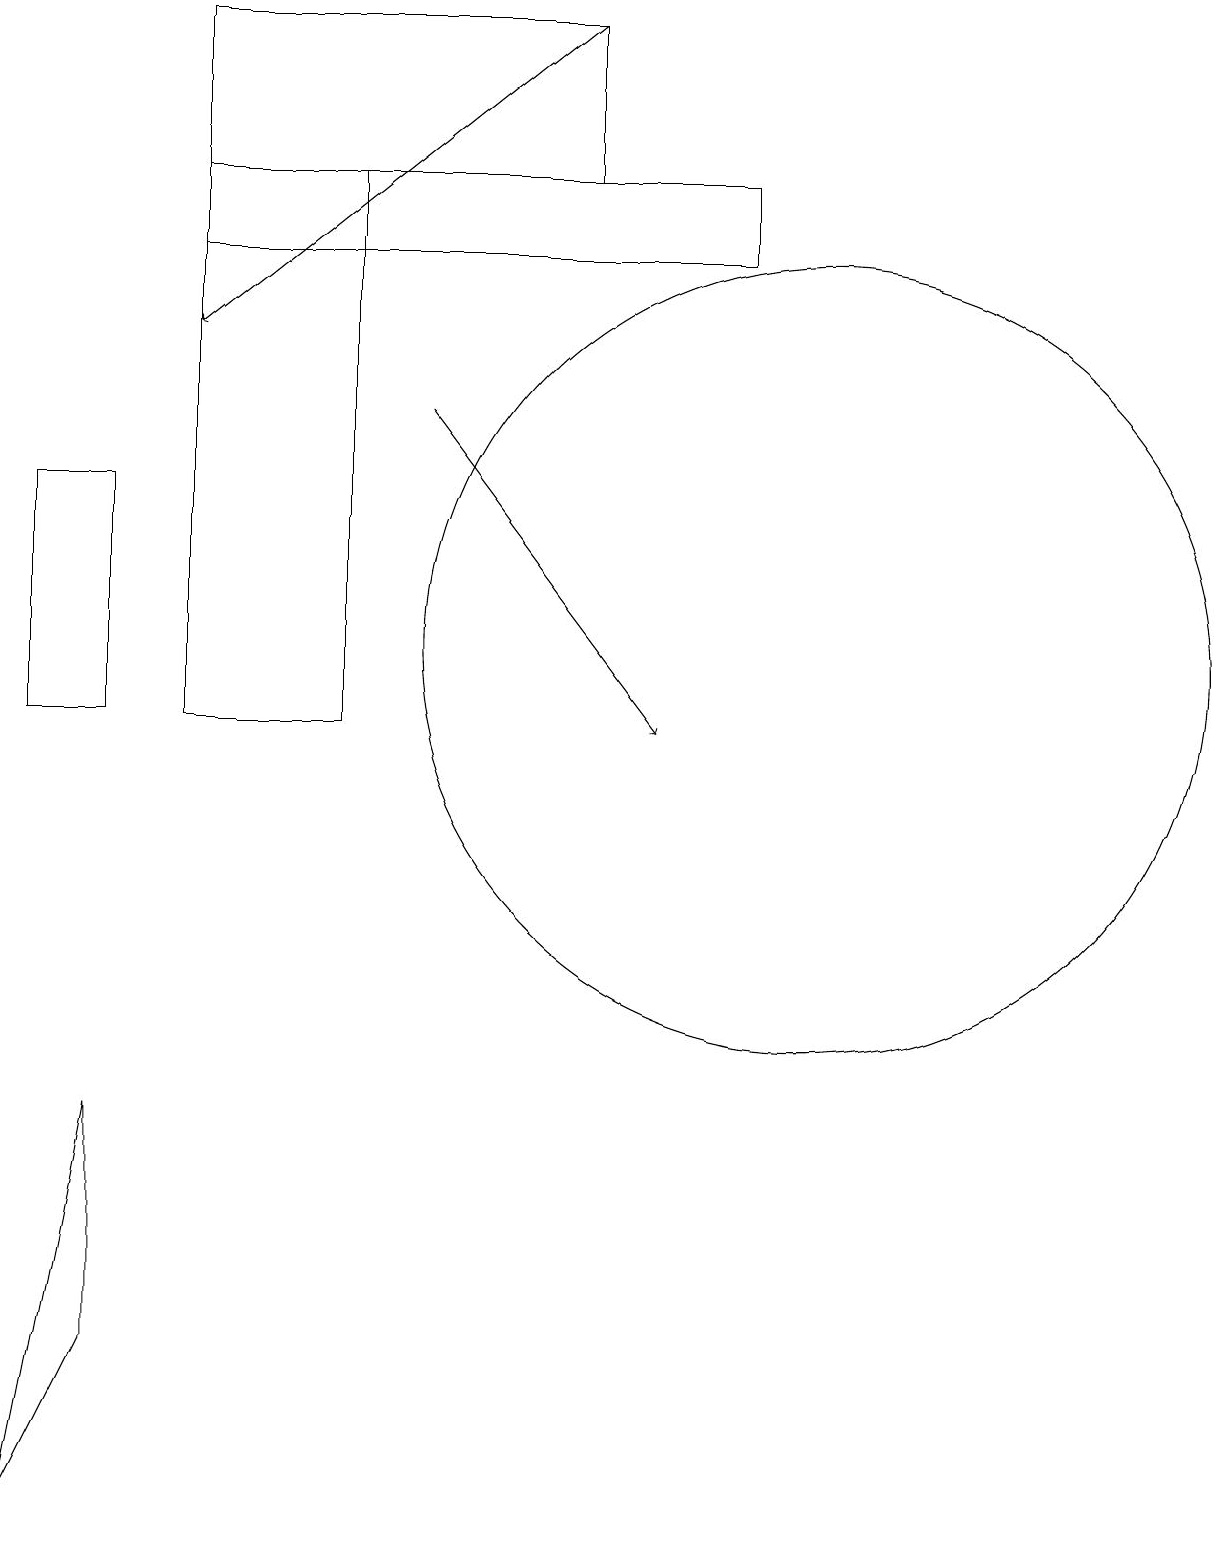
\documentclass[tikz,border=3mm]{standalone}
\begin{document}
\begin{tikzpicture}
\draw (10,11) circle (5);
\draw (4,10) rectangle (2,17);
\draw (7,17) rectangle (2,19);
\draw (0,0) -- (1,2) -- (1,5) -- cycle;
\draw[->] (5,14) -- (8,10);
\draw (2,17) rectangle (9,16);
\draw[->] (7,19) -- (2,15);
\draw (0,13) rectangle (1,10);
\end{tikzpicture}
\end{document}